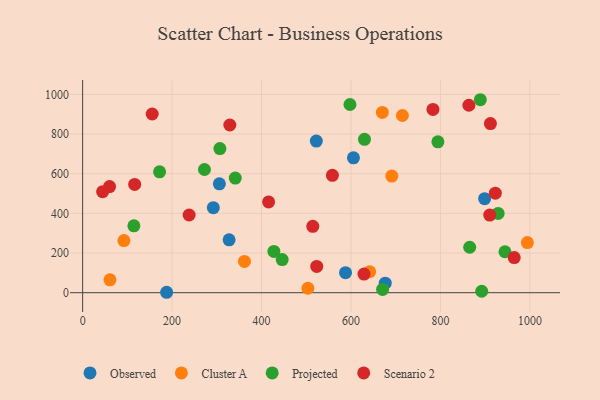
{"axis": {"x": "Experience", "y": "Profit"}, "legend": ["Cluster A", "Observed", "Projected", "Scenario 2"], "data": [{"x": "292.2", "y": 428.8, "type": "Observed"}, {"x": "327.5", "y": 266.6, "type": "Observed"}, {"x": "187.8", "y": 2.1, "type": "Observed"}, {"x": "305.7", "y": 549.3, "type": "Observed"}, {"x": "605.5", "y": 680.5, "type": "Observed"}, {"x": "898.8", "y": 474.2, "type": "Observed"}, {"x": "676.6", "y": 48.2, "type": "Observed"}, {"x": "522.5", "y": 764.6, "type": "Observed"}, {"x": "587.8", "y": 100.9, "type": "Observed"}, {"x": "361.8", "y": 157.7, "type": "Cluster A"}, {"x": "641.7", "y": 105.8, "type": "Cluster A"}, {"x": "994.4", "y": 252.8, "type": "Cluster A"}, {"x": "92.3", "y": 262.8, "type": "Cluster A"}, {"x": "61.1", "y": 64.9, "type": "Cluster A"}, {"x": "670.1", "y": 909.4, "type": "Cluster A"}, {"x": "715.0", "y": 893.7, "type": "Cluster A"}, {"x": "691.3", "y": 588.2, "type": "Cluster A"}, {"x": "503.7", "y": 22.4, "type": "Cluster A"}, {"x": "306.9", "y": 726.9, "type": "Projected"}, {"x": "929.0", "y": 400.1, "type": "Projected"}, {"x": "670.7", "y": 16.6, "type": "Projected"}, {"x": "889.2", "y": 973.4, "type": "Projected"}, {"x": "427.6", "y": 208.0, "type": "Projected"}, {"x": "865.4", "y": 229.2, "type": "Projected"}, {"x": "630.2", "y": 773.6, "type": "Projected"}, {"x": "944.3", "y": 206.4, "type": "Projected"}, {"x": "446.2", "y": 167.1, "type": "Projected"}, {"x": "892.3", "y": 7.3, "type": "Projected"}, {"x": "341.3", "y": 578.0, "type": "Projected"}, {"x": "794.3", "y": 761.1, "type": "Projected"}, {"x": "597.7", "y": 949.4, "type": "Projected"}, {"x": "114.6", "y": 337.4, "type": "Projected"}, {"x": "172.0", "y": 609.7, "type": "Projected"}, {"x": "272.4", "y": 621.5, "type": "Projected"}, {"x": "910.3", "y": 391.5, "type": "Scenario 2"}, {"x": "44.7", "y": 509.5, "type": "Scenario 2"}, {"x": "558.5", "y": 591.9, "type": "Scenario 2"}, {"x": "629.1", "y": 94.1, "type": "Scenario 2"}, {"x": "783.3", "y": 924.3, "type": "Scenario 2"}, {"x": "238.1", "y": 391.9, "type": "Scenario 2"}, {"x": "116.3", "y": 546.3, "type": "Scenario 2"}, {"x": "965.0", "y": 177.2, "type": "Scenario 2"}, {"x": "922.7", "y": 501.9, "type": "Scenario 2"}, {"x": "155.5", "y": 901.5, "type": "Scenario 2"}, {"x": "863.6", "y": 945.6, "type": "Scenario 2"}, {"x": "415.8", "y": 457.9, "type": "Scenario 2"}, {"x": "514.6", "y": 334.6, "type": "Scenario 2"}, {"x": "523.4", "y": 132.7, "type": "Scenario 2"}, {"x": "329.1", "y": 846.0, "type": "Scenario 2"}, {"x": "60.2", "y": 535.2, "type": "Scenario 2"}, {"x": "911.8", "y": 853.1, "type": "Scenario 2"}]}